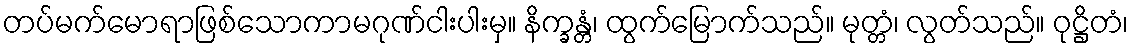
တပ်မက်မောရာဖြစ်သောကာမဂုဏ်ငါးပါးမှ။ နိက္ခန္တံ၊ ထွက်မြောက်သည်။ မုတ္တံ၊ လွတ်သည်။ ဝုဋ္ဌိတံ၊